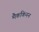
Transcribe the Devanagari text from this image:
मैककिनन